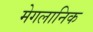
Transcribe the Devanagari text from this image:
मेगलानिक